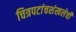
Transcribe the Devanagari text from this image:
चित्रपटांचशंखलेची